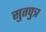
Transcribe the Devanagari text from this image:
सुतपुत्र